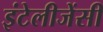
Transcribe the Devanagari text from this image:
इंटेलीजेंसी